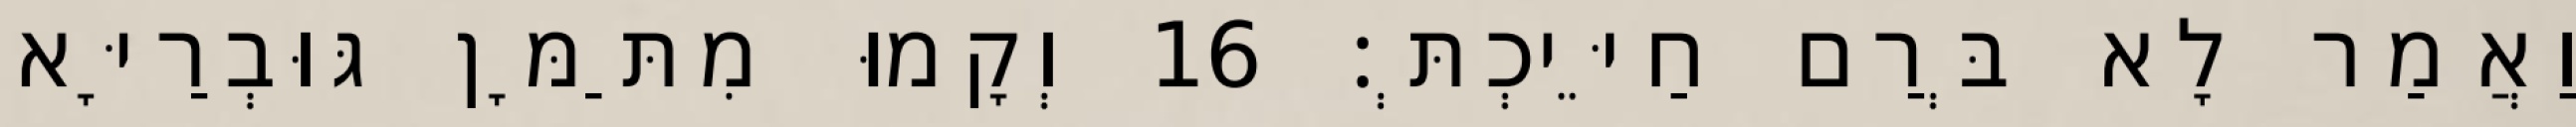
וַאֲמַר לָא בְּרַם חַיֵּיכְתְּ׃ 16 וְקָמוּ מִתַּמָּן גּוּבְרַיָּא